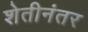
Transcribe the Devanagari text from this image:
शेतीनंतर